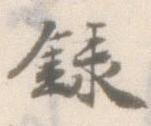
録